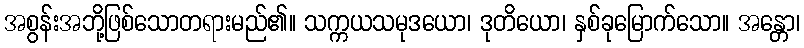
အစွန်းအဘို့ဖြစ်သောတရားမည်၏။ သက္ကယသမုဒယော၊ ဒုတိယော၊ နှစ်ခုမြောက်သော။ အန္တော၊